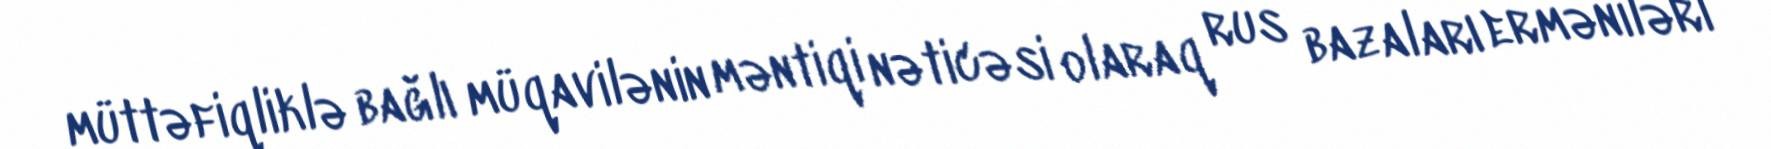
müttəfiqliklə bağlı müqavilənin məntiqi nəticəsi olaraq rus bazaları erməniləri